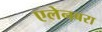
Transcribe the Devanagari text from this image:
एलेनबरा